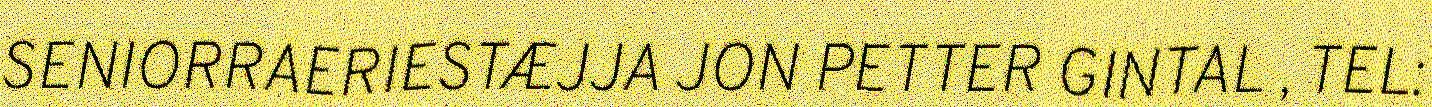
SENIORRAERIESTÆJJA JON PETTER GINTAL , TEL: